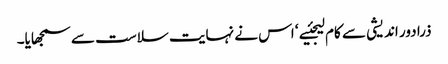
ذرا دور اندیشی سے کام لیجئیے ‘ اس نے نہایت سلاست سے سمجھایا۔